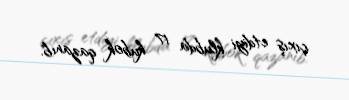
çıxış etdiyi klubda 17 kubok qazanıb.